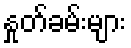
နှုတ်ခမ်းများ